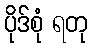
ပိုဒ်စုံ ရတု